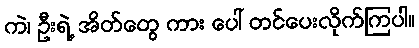
ကဲ၊ ဦးရဲ့ အိတ်တွေ ကား ပေါ် တင်ပေးလိုက်ကြပါ။